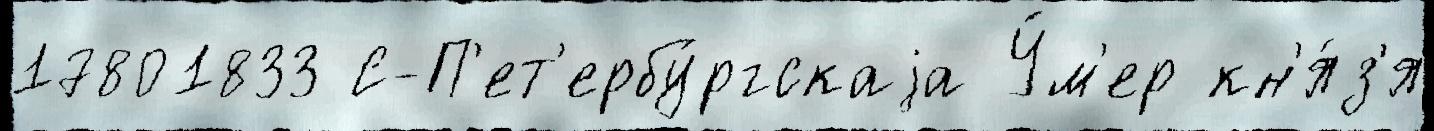
17801833 С-П'ет'ербу́ргскаjа У́м'ер кн'я́з'я